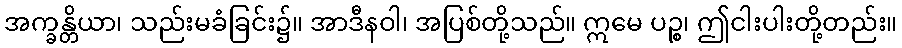
အက္ခန္တိယာ၊ သည်းမခံခြင်း၌။ အာဒီနဝါ၊ အပြစ်တို့သည်။ ဣမေ ပဉ္စ၊ ဤငါးပါးတို့တည်း။